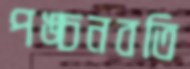
পঙ্চনবতি